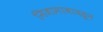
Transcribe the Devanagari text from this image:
निजामाबादहून